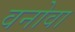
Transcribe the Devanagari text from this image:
वनोवा